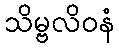
သိမ္ဗလိဝနံ